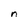
Character: n